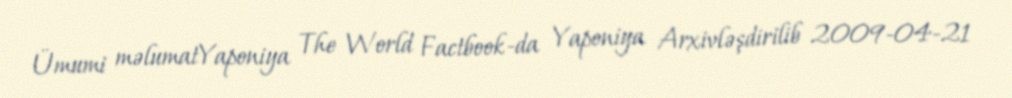
Ümumi məlumatYaponiya The World Factbook-da Yaponiya Arxivləşdirilib 2009-04-21